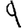
Digit: 9